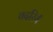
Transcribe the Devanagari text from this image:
बदरियँ